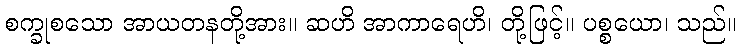
စက္ခုစသော အာယတနတို့အား။ ဆဟိ အာကာရေဟိ၊ တို့ဖြင့်။ ပစ္စယော၊ သည်။